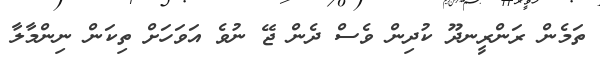
ތަމެން ރަންރީނދޫ ކުދިން ވެސް ދެން ޖޭ ނުވެ އަވަހަށް ތިކަން ނިންމާލާ